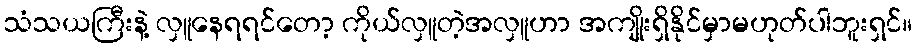
သံသယကြီးနဲ့ လှူနေရရင်တော့ ကိုယ်လှူတဲ့အလှူဟာ အကျိုးရှိနိုင်မှာမဟုတ်ပါဘူးရှင်။